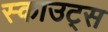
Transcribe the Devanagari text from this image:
स्‍काउट्स